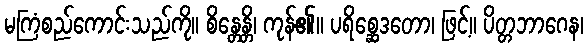
မကြံစည်ကောင်းသည်ကို။ စိန္တေန္တိ၊ ကုန်၏။ ပရိစ္ဆေဒတော၊ ဖြင့်။ ပိတ္တဘာဂေန၊